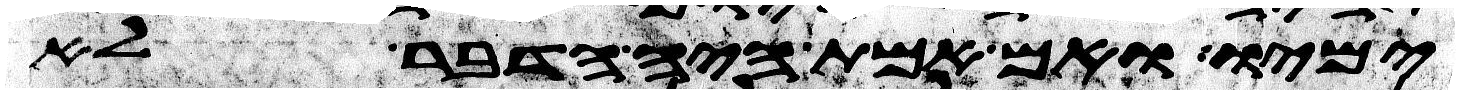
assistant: ימיו ואם אמת היה הדבר לא